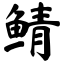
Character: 鲭